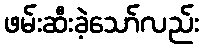
ဖမ်းဆီးခဲ့သော်လည်း